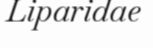
Liparidae